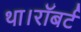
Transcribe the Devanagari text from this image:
था।रॉबर्ट